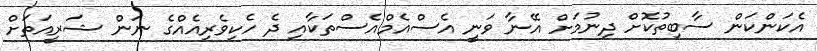
އެކަންކަން ސާބިތުކޮށް ދިނުމަށް އޭނާ ވަނީ އެސްއެމްއެސްތަކާއި ދެ ހެކިވެރިއެއްގެ ނަން ޝަރީއަތަށް